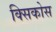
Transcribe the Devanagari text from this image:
क्सिकोस